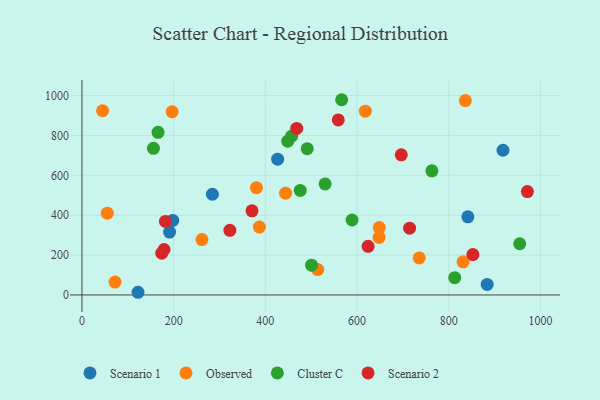
{"axis": {"x": "Distance", "y": "Profit"}, "legend": ["Cluster C", "Observed", "Scenario 1", "Scenario 2"], "data": [{"x": "198.0", "y": 373.9, "type": "Scenario 1"}, {"x": "284.5", "y": 505.1, "type": "Scenario 1"}, {"x": "426.8", "y": 681.3, "type": "Scenario 1"}, {"x": "918.2", "y": 725.8, "type": "Scenario 1"}, {"x": "122.3", "y": 13.4, "type": "Scenario 1"}, {"x": "883.7", "y": 52.8, "type": "Scenario 1"}, {"x": "191.1", "y": 315.3, "type": "Scenario 1"}, {"x": "841.6", "y": 392.1, "type": "Scenario 1"}, {"x": "648.4", "y": 337.8, "type": "Observed"}, {"x": "831.2", "y": 166.3, "type": "Observed"}, {"x": "380.6", "y": 538.0, "type": "Observed"}, {"x": "55.3", "y": 410.2, "type": "Observed"}, {"x": "735.6", "y": 185.7, "type": "Observed"}, {"x": "45.1", "y": 924.1, "type": "Observed"}, {"x": "72.2", "y": 64.6, "type": "Observed"}, {"x": "618.0", "y": 921.9, "type": "Observed"}, {"x": "836.2", "y": 974.8, "type": "Observed"}, {"x": "514.2", "y": 127.3, "type": "Observed"}, {"x": "386.9", "y": 340.7, "type": "Observed"}, {"x": "648.0", "y": 288.7, "type": "Observed"}, {"x": "196.7", "y": 919.1, "type": "Observed"}, {"x": "444.0", "y": 510.3, "type": "Observed"}, {"x": "261.7", "y": 277.9, "type": "Observed"}, {"x": "448.8", "y": 771.4, "type": "Cluster C"}, {"x": "954.7", "y": 256.9, "type": "Cluster C"}, {"x": "566.4", "y": 979.3, "type": "Cluster C"}, {"x": "763.2", "y": 622.6, "type": "Cluster C"}, {"x": "589.1", "y": 375.9, "type": "Cluster C"}, {"x": "530.3", "y": 556.9, "type": "Cluster C"}, {"x": "491.3", "y": 733.9, "type": "Cluster C"}, {"x": "155.9", "y": 735.7, "type": "Cluster C"}, {"x": "476.1", "y": 524.3, "type": "Cluster C"}, {"x": "166.0", "y": 815.9, "type": "Cluster C"}, {"x": "457.2", "y": 796.6, "type": "Cluster C"}, {"x": "813.0", "y": 86.5, "type": "Cluster C"}, {"x": "500.8", "y": 149.2, "type": "Cluster C"}, {"x": "714.6", "y": 334.9, "type": "Scenario 2"}, {"x": "852.6", "y": 202.5, "type": "Scenario 2"}, {"x": "182.0", "y": 368.6, "type": "Scenario 2"}, {"x": "179.1", "y": 228.0, "type": "Scenario 2"}, {"x": "624.0", "y": 243.8, "type": "Scenario 2"}, {"x": "468.4", "y": 835.5, "type": "Scenario 2"}, {"x": "696.4", "y": 702.8, "type": "Scenario 2"}, {"x": "559.0", "y": 877.8, "type": "Scenario 2"}, {"x": "322.6", "y": 324.3, "type": "Scenario 2"}, {"x": "971.4", "y": 518.5, "type": "Scenario 2"}, {"x": "174.0", "y": 209.7, "type": "Scenario 2"}, {"x": "370.9", "y": 421.8, "type": "Scenario 2"}]}